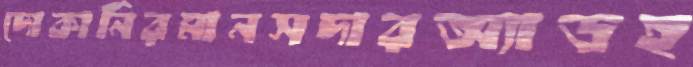
দোকানিরমানসদারঅ্যাডহ